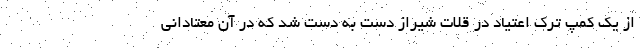
از یک کمپ ترک اعتیاد در قلات شیراز دست به دست شد که در آن معتادانی